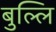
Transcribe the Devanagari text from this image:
बुल्लि